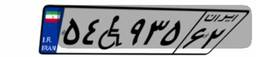
۴۷W۴۲۲۱۱